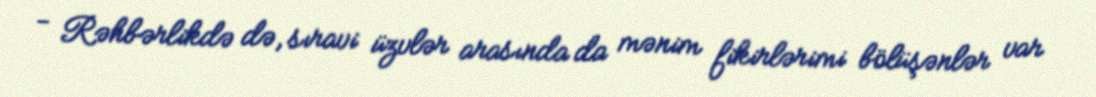
- Rəhbərlikdə də, sıravi üzvlər arasında da mənim fikirlərimi bölüşənlər var